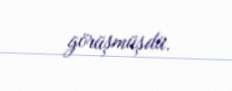
görüşmüşdü.